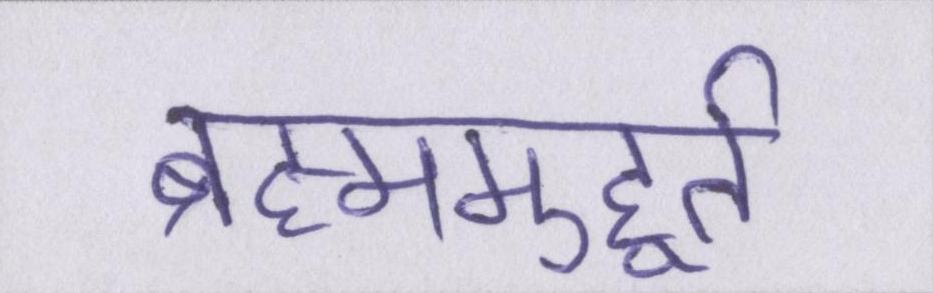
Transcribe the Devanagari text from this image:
ब्रह्ममुहूर्त